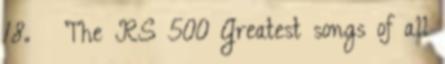
18. ↑ The RS 500 Greatest songs of all